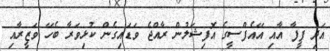
އަދި ފީފާ އާއި އޭއެފްސީގެ އޮފިޝަލުން ރާއްޖެ ވަޑައިގެން ކުޅިވަރާ ބެހޭ ވަޒީރާއި